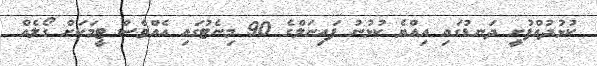
ކުޅުދުއްފުށީ ދަނޑުގައި އިއްޔެ ކުޅުނު ފައިނަލްގެ 90 މިނެޓުގައި އެއްވެސް ޓީމަކަށް ގޯލެއް